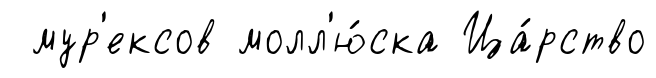
мур'ексов молл'ю́ска Ца́рство